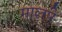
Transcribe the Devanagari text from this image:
मालपे